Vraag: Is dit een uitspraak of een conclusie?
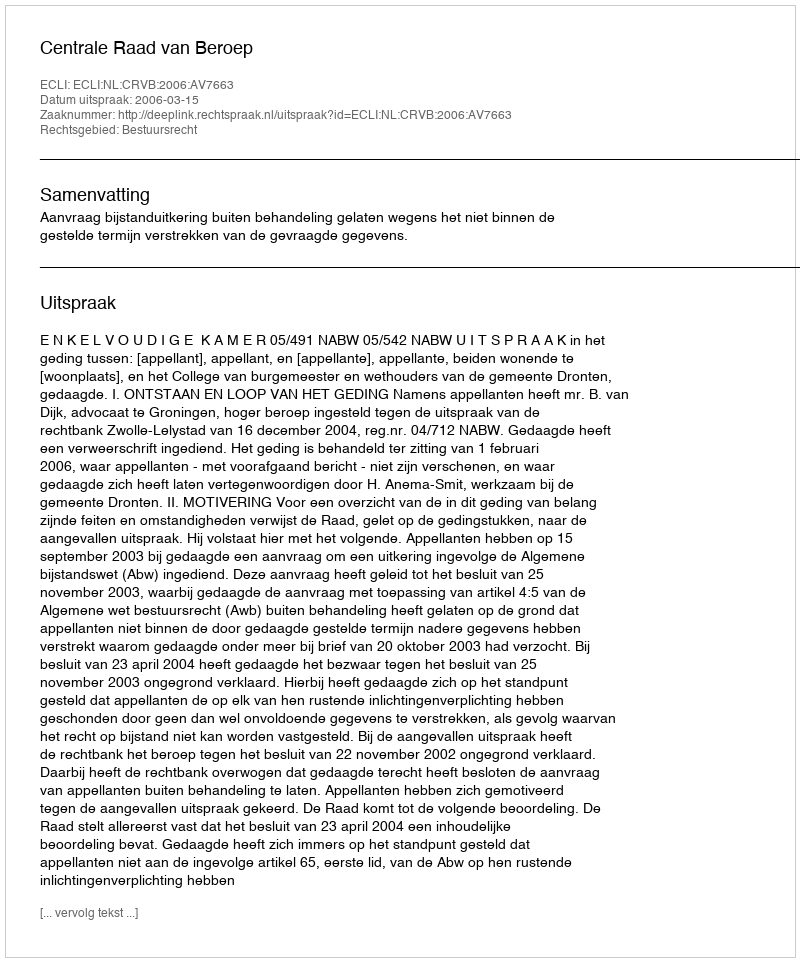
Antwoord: Uitspraak